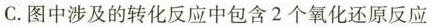
C.图中涉及的转化反应中包含2个氧化还原反应